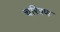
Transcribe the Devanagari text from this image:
चरित्रण